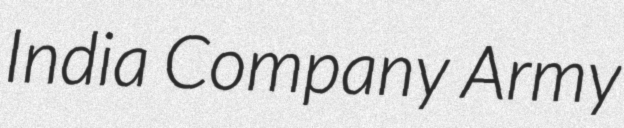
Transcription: India Company Army